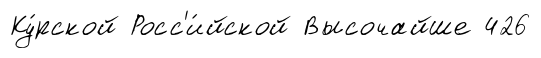
Ку́рской Росс'и́йской Высочайше 426